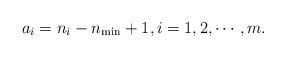
LaTeX: \begin{align*}a_i=n_i-n_{\min}+1, i=1,2,\cdots,m.\end{align*}